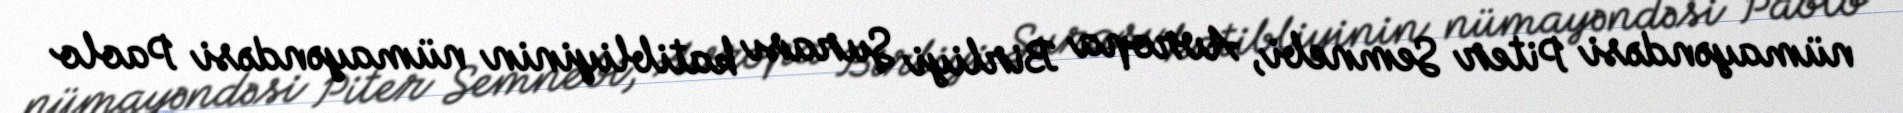
nümayəndəsi Piter Semnebi, Avropa Birliyi Şurası katibliyinin nümayəndəsi Paolo